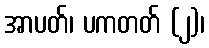
အာပတ်၊ ပကတတ် (၂)၊